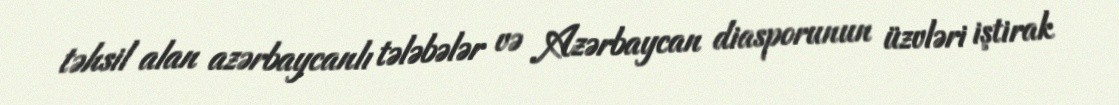
təhsil alan azərbaycanlı tələbələr və Azərbaycan diasporunun üzvləri iştirak